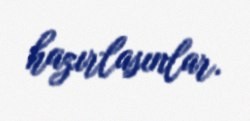
hazırlasınlar.